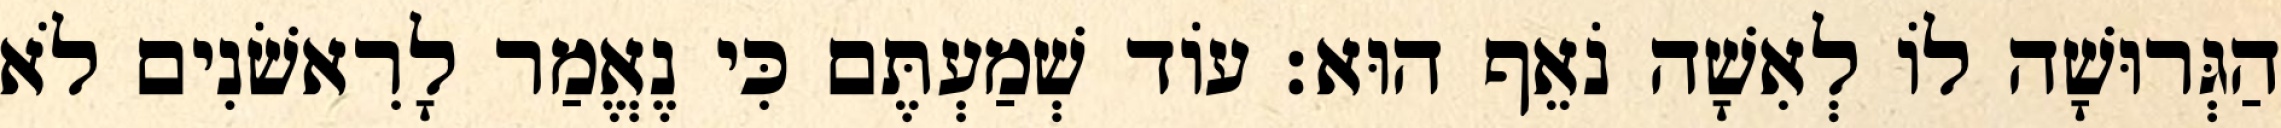
הַגְּרוּשָׁה לוֹ לְאִשָׁה נֹאֵף הוּא׃ עוֹד שְׁמַעְתֶּם כִּי נֶאֱמַר לָרִאשֹׁנִים לֹא